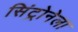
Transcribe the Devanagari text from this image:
सिंट्रोनेला